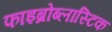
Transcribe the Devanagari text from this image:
फाइब्रोब्लास्टिक